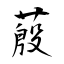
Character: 蒑